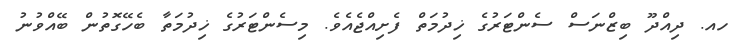
ހއ. ދިއްދޫ ބިޒްނަސް ސެންޓަރުގެ ޚިދުމަތް ފެށިއްޖެއެވެ. މިސެންޓަރުގެ ޚިދުމަތާ ބެހޭގޮތުން ބޭއްވުނު